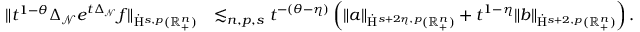
\begin{array} { r l } { \lVert t ^ { 1 - \theta } \Delta _ { \mathcal { N } } e ^ { t \Delta _ { \mathcal { N } } } f \rVert _ { \dot { \mathrm { H } } ^ { s , p } ( \mathbb { R } _ { + } ^ { n } ) } } & { \lesssim _ { n , p , s } t ^ { - ( \theta - \eta ) } \left( \lVert { a } \rVert _ { \dot { \mathrm { H } } ^ { s + 2 \eta , p } ( \mathbb { R } _ { + } ^ { n } ) } + t ^ { 1 - \eta } \lVert { b } \rVert _ { \dot { \mathrm { H } } ^ { s + 2 , p } ( \mathbb { R } _ { + } ^ { n } ) } \right) \mathrm { . ~ } } \end{array}